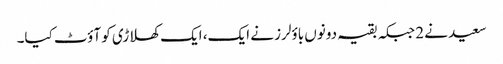
سعید نے 2 جبکہ بقیہ دونوں باؤلرز نے ایک، ایک کھلاڑی کو آؤٹ کیا۔